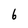
Character: 6